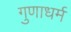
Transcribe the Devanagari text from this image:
गुणाधर्म